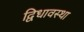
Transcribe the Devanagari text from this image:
द्विधावस्था